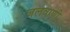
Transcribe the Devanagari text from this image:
जलवाणी